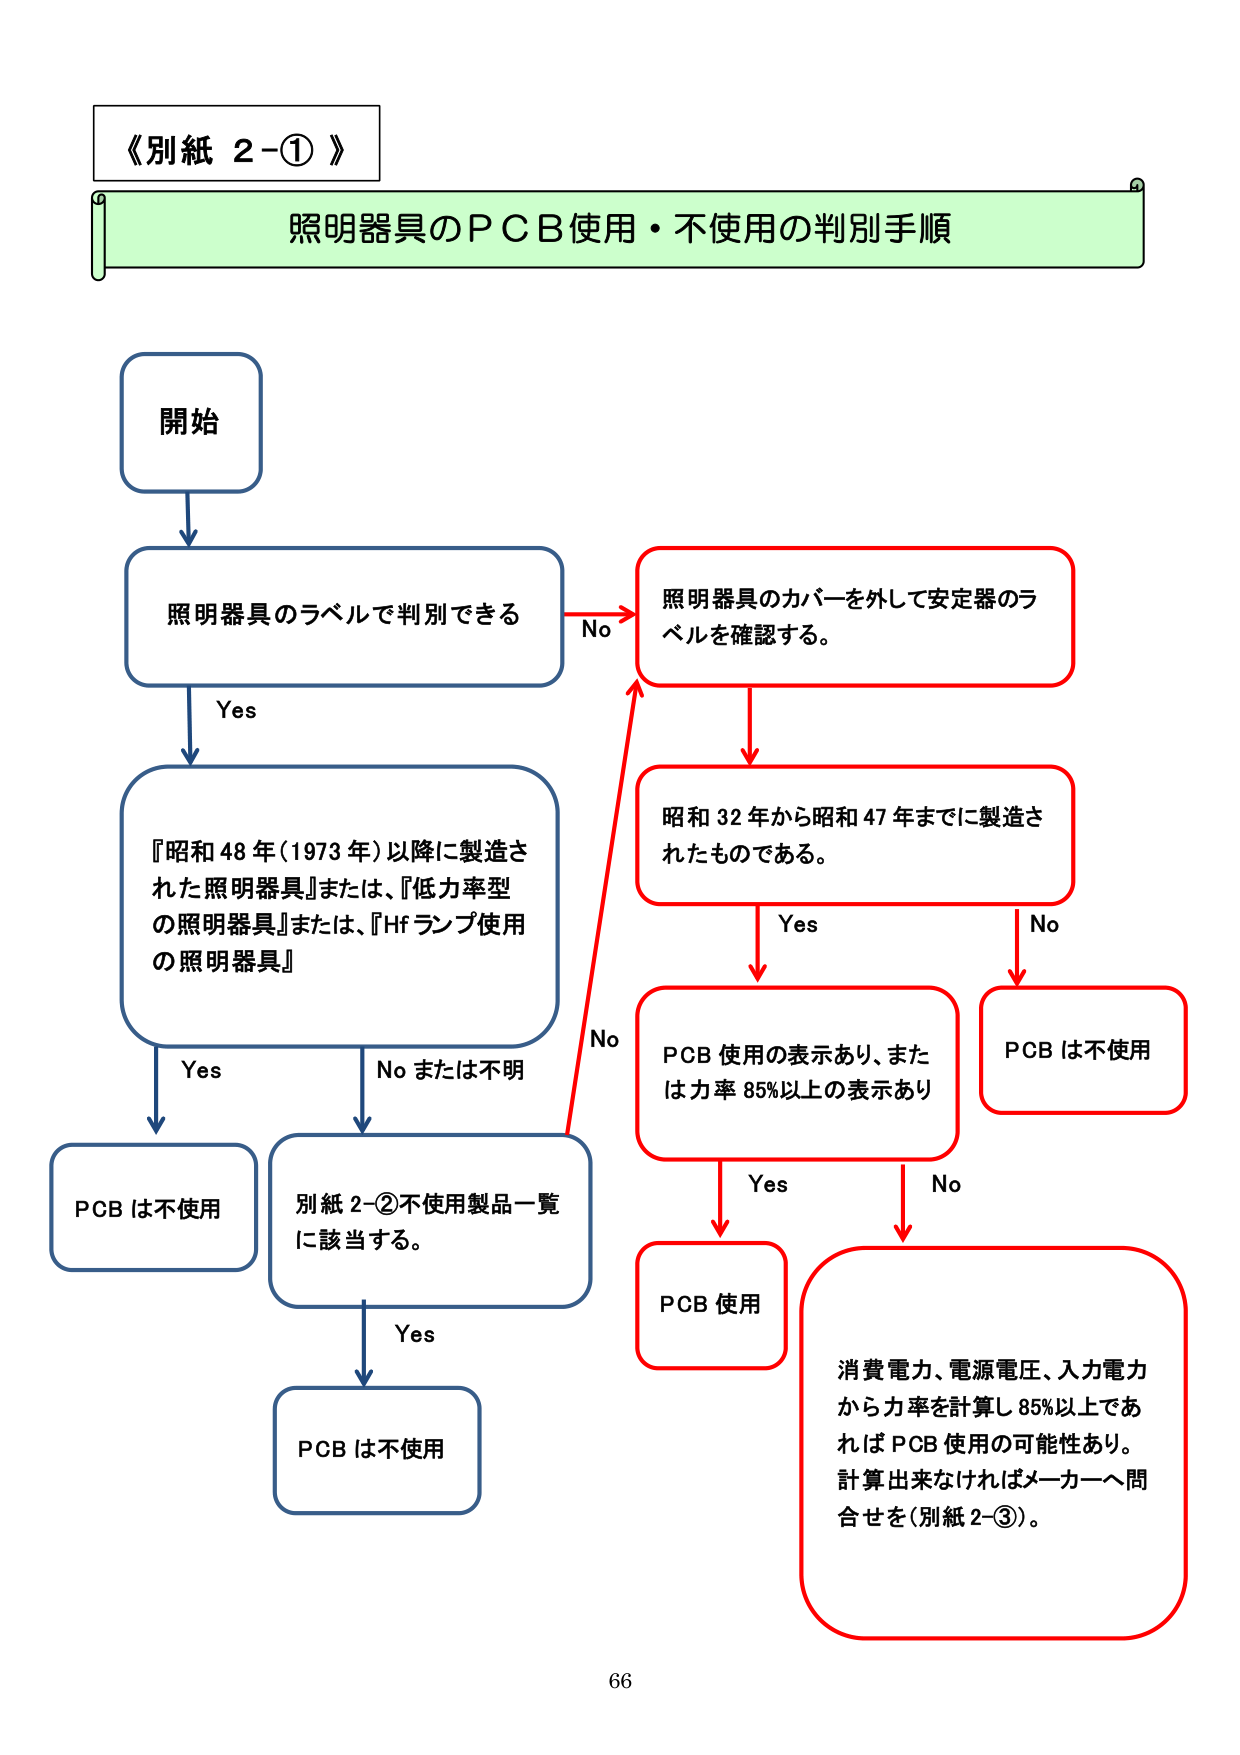
《別紙 2-①》
照明器具のＰＣＢ使用・不使用の判別手順

開始
照明器具のラベルで判別できる
　→ Yes → 『昭和48年(1973年)以降に製造された照明器具』または、『低力率型の照明器具』または、『Hfランプ使用の照明器具』
　　→ Yes → PCBは不使用
　　→ No または不明 → 別紙2-②不使用製品一覧に該当する。
　　　　→ Yes → PCBは不使用
　→ No → 照明器具のカバーを外して安定器のラベルを確認する。
　　　　→ 昭和32年から昭和47年までに製造されたものである。
　　　　　→ Yes → PCB使用の表示あり、または力率85%以上の表示あり
　　　　　　　→ Yes → PCB使用
　　　　　　　→ No → 消費電力、電源電圧、入力電力から力率を計算し85%以上であればPCB使用の可能性あり。計算出来なければメーカーへ問合せを(別紙2-③)。
　　　　　→ No → PCBは不使用

66